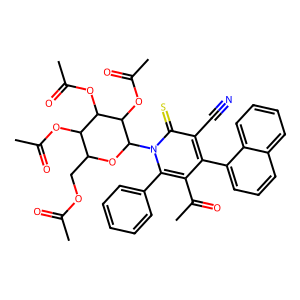
SMILES: CC(=O)OCC1OC(n2c(-c3ccccc3)c(C(C)=O)c(-c3cccc4ccccc34)c(C#N)c2=S)C(OC(C)=O)C(OC(C)=O)C1OC(C)=O
Inhibits HIV replication: No